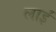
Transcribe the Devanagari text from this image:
लाईं